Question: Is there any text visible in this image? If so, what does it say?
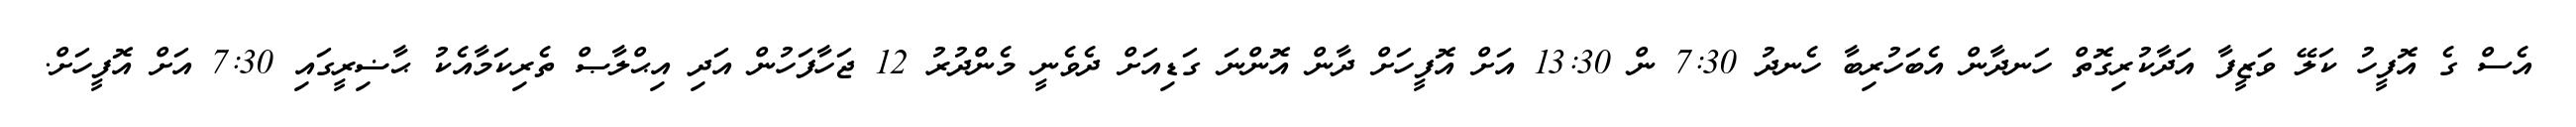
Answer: އެސް ގެ އޮފީހު ކަލޭ ވަޒީފާ އަދާކުރިގޮތް ހަނދާން އެބަހުރިބާ ހެނދު 7:30 ން 13:30 އަށް އޮފީހަށް ދާން އޮންނަ ގަޑިއަށް ދެވެނީ މެންދުރު 12 ޖަހާފަހުން އަދި އިޙްލާޞް ތެރިކަމާއެކު ޙާޟިރީގައި 7:30 އަށް އޮފީހަށް.